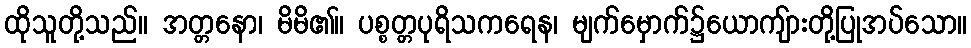
ထိုသူတို့သည်။ အတ္တနော၊ မိမိ၏။ ပစ္စတ္တပုရိသကရေန၊ မျက်မှောက်၌ယောကျ်ားတို့ပြုအပ်သော။